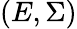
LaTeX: (E,\Sigma)